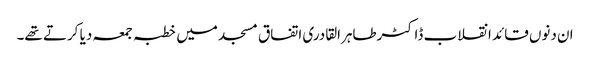
ان دنوں قائد انقلاب ڈاکٹرطاہرالقادری اتفاق مسجد میں خطبہ جمعہ دیا کرتے تھے۔